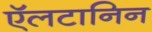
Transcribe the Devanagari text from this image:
ऍलटानिन